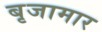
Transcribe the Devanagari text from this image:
बृजामार